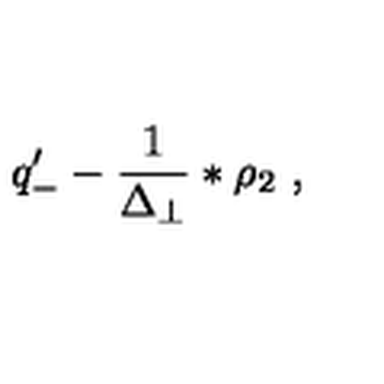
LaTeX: q _ { - } ^ { \prime } - \frac { 1 } { \Delta _ { \perp } } \ast \rho _ { 2 } \ ,